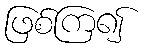
ဖြစ်ကြ၍